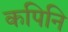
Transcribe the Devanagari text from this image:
कपिनि